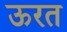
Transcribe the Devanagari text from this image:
ऊरत